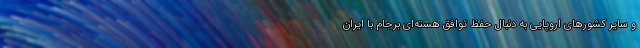
و سایر کشورهای اروپایی به دنبال حفظ توافق هسته‌ای برجام با ایران